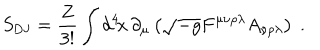
S _ { \mathrm { D J } } = \frac { Z } { 3 ! } \int d ^ { 4 } \! x \, \partial _ { \mu } \left( \sqrt { - g } F ^ { \mu \nu \rho \lambda } A _ { \nu \rho \lambda } \right) \ .